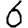
Digit: 6